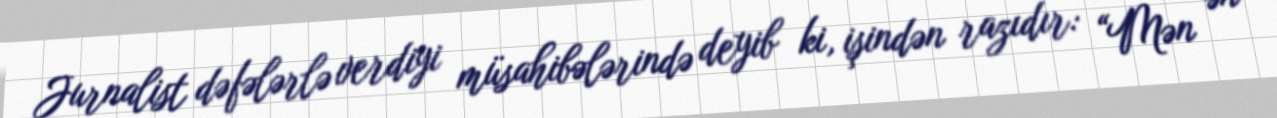
Jurnalist dəfələrlə verdiyi müsahibələrində deyib ki, işindən razıdır: “Mən ən